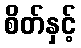
စိတ်နှင့်